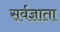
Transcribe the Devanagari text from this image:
सर्वज्ञाता